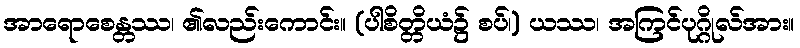
အာရောစေန္တဿ၊ ၏လည်းကောင်း။ (ပါစိတ္တိယံ၌ စပ်၊) ယဿ၊ အကြင်ပုဂ္ဂိုလ်အား။